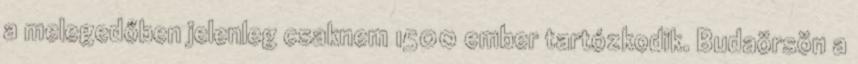
a melegedőben jelenleg csaknem 1500 ember tartózkodik. Budaörsön a